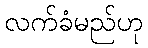
လက်ခံမည်ဟု